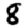
Digit: 8